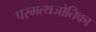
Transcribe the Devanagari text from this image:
परमत्थजोतिका